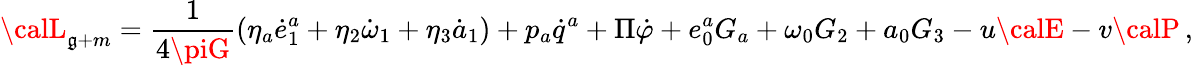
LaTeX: {\calL}_{\mathfrak{g}+m}=\frac{{1}}{{4\piG}}\left(\eta_{a}\dot{{e}}_{1}^{a}+\eta_{2}\dot{{\omega}}_{1}+\eta_{3}\dot{{a}}_{1}\right)+p_{a}\dot{{q}}^{a}+\Pi\dot{{\varphi}}+e_{0}^{a}G_{a}+\omega_{0}G_{2}+a_{0}G_{3}-u{\calE}-v{\calP}\, ,